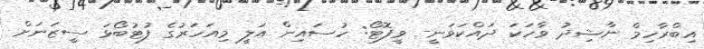
އިބްރާހިމް ނާޝިދު ވާހަކަ ދައްކަވަނީ- ވީފޮޓޯ: ހުސައިން އަލީ މިއަހަރުގެ ފުޓުބޯޅަ ސީޒަނަށް